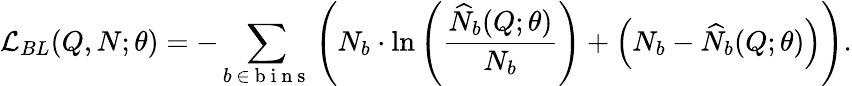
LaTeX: \mathcal{L}_{BL}(Q,N;\theta)=-\sum_{b\, \in\mathrm{~b~i~n~s~}}\left(N_{b}\cdot\ln\left(\frac{\widehat{N}_{b}(Q;\theta)}{N_{b}}\right)+\left(N_{b}-\widehat{N}_{b}(Q;\theta)\right)\right).